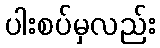
ပါးစပ်မှလည်း